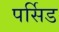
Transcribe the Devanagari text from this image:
पर्सिड